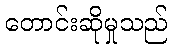
တောင်းဆိုမှုသည်